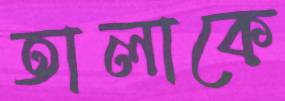
তালাকে